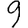
Digit: 9